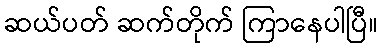
ဆယ်ပတ် ဆက်တိုက် ကြာနေပါပြီ။